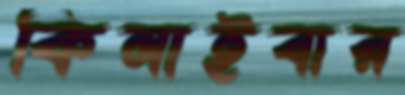
কিনাইবার